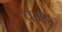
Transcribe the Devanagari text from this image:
धमव